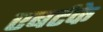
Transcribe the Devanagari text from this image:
एबर्टके